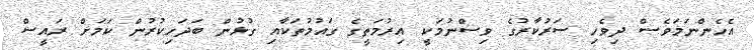
އެހެންނަމަވެސް ދިވެހި ސަރުކާރުގެ ވިސްނުމަކީ އިރުމަތީގެ ގައުމުތަކާއި ގުޅުން ބަދަހިކުރުން ކަމަށް ރައީސް